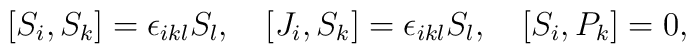
[S_i,S_k]=\epsilon_{ikl}S_l,\quad [J_i,S_k]=\epsilon_{ikl}S_l,\quad [S_i,P_k]=0,